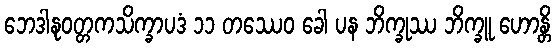
ဘေဒါနုဝတ္တကသိက္ခာပဒံ ၁၁ တဿေဝ ခေါ ပန ဘိက္ခုဿ ဘိက္ခူ ဟောန္တိ